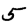
Digit: 5